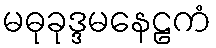
မဓုခုဒ္ဒမနေဠကံ